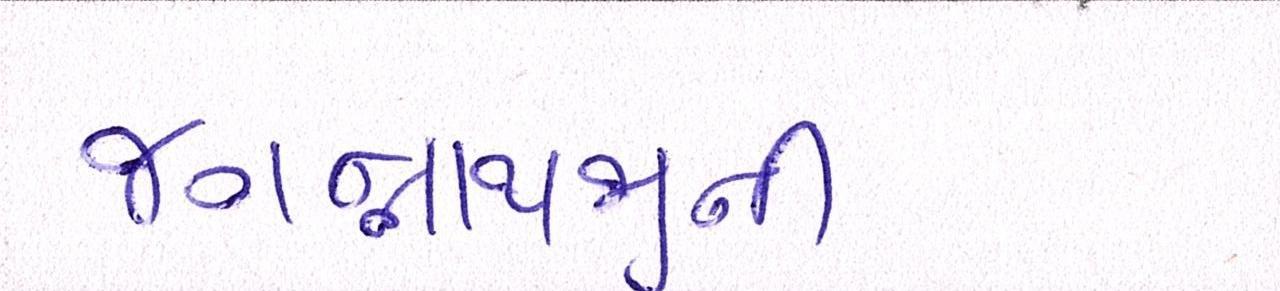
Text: જગન્નાથજીની